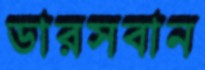
ডারসবান